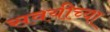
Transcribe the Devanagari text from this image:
सवयीच्या